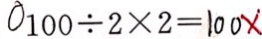
0 1 0 0 \div 2 \times 2 = 1 0 0 x